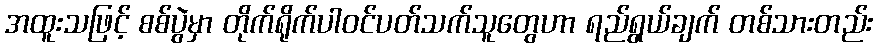
အထူးသဖြင့် စစ်ပွဲမှာ တိုက်ရိုက်ပါဝင်ပတ်သက်သူတွေဟာ ရည်ရွယ်ချက် တစ်သားတည်း